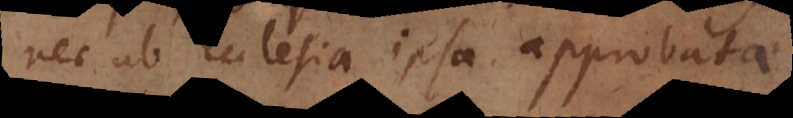
nec ab Ecclesia ipsa approbat